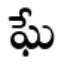
ఘే